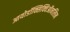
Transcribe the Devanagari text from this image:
आयोडॉक्सिक्विऑनलिन